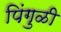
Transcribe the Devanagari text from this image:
पिंगुळी